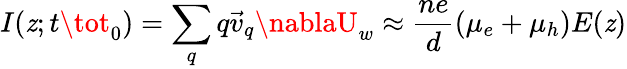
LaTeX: I(\mathit{z};t\tot_{0})=\sum_{q}q\vec{{v}}_{q}\nablaU_{w}\approx\frac{{ne}}{{d}}(\mu_{e}+\mu_{h})E(\mathit{z})